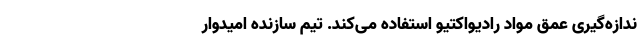
ندازه‌گیری عمق مواد رادیواکتیو استفاده می‌کند. تیم سازنده امیدوار